Insane asylums in Bengal annual reports 1867-1875 - 1867-1875
Year: 1867
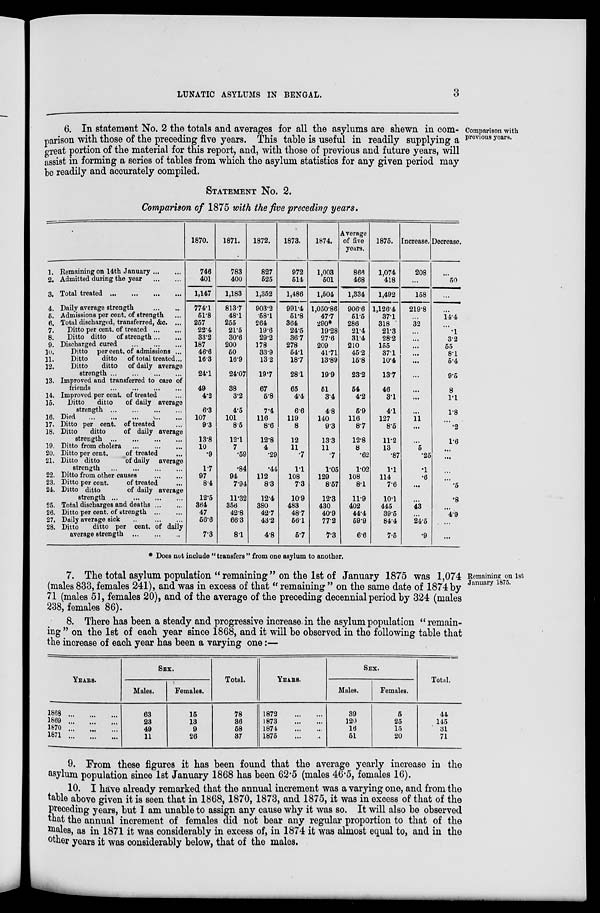
LUNATIC ASYLUMS IN BENGAL.
3
Comparison with
previous years.
6. In statement No. 2 the totals and averages for all the asylums are shewn in com-
parison with those of the preceding five years. This table is useful in readily supplying a
great portion of the material for this report, and, with those of previous and future years, will
assist in forming a series of tables from which the asylum statistics for any given period may
be readily and accurately compiled.
STATEMENT NO. 2.
Comparison of 1875 with the five preceding years.
1.
2.
3.
4.
5.
6.
7.
8.
9.
10.
11.
12.
13.
14.
15.
16.
17.
18.
19.
20.
21.
22.
23.
24.
25.
26.
27.
28.
Remaining on 14th January ... ...
Admitted during the year
...
...
Total treated
...
...
...
...
Daily average strength
...
...
Admissions per cent. of strength ...
Total discharged, transferred, &c. ...
Ditto per cent. of treated
...
...
Ditto ditto of strength ... ...
Discharged cured
...
...
...
Ditto per cent. of admissions ...
Ditto
ditto of total treated ...
Ditto
ditto of daily average
strength
...
...
...
...
Improved and transferred to care of
friends
...
...
...
...
Improved per cent. of treated ...
Ditto
ditto
of daily average
strength
...
...
...
...
Died ... ... ... ... ...
Ditto per cent. of treated ...
Ditto
ditto
of daily average
strength
...
...
...
...
Ditto from cholera
...
...
...
Ditto per cent.
of treated ...
Ditto ditto
"of daily average
strength
...
...
...
...
Ditto from other causes
...
...
Ditto per cent.
of treated ...
Ditto ditto
of daily average
strength
...
...
...
...
Total discharges and deaths ... ...
Ditto per cent. of strength
...
...
Daily average sick
...
...
Ditto
ditto per cent. of daily
average strength
...
...
...
1870.
746
401
1,147
774.1
51.8
257
22.4
33.2
187
46.6
16.3
24.1
49
4.2
6.3
107
9.3
13.8
10
.9
17
97
8.4
12.5
364
47
56.6
7.3
1871.
783
400
1,183
813.7
48.1
255
21.5
30.6
200
50
16.9
24.07
38
3.2
4.5
101
8.5
12.1
7
.59
.84
94
7.94
11.32
356
42.8
66.3
8.1
1872.
827
525
1,352
903.2
58.1
264
19.6
29.2
178
33.9
13.2
19.7
67
5.8
7.4
116
8.6
12.8
4
.29
.44
112
8.3
124
380
42.7
43.2
4.8
1873.
972
514
1,486
991.4
51.8
364
24.5
36.7
278
54.1
18.7
28.1
65
4.4
6.6
119
8
12
11
.7
1.1
108
7.3
10.9
483
48.7
56.1
5.7
1874.
1,003
501
1,504
1,050.86
47.7
290*
19.28
27.6
209
41.71
13.89
19.9
51
3.4
4.8
140
9.3
13.3
11
.7
1.05
129
8.57
12.3
430
40.9
77.2
7.3
Average
of five
years.
866
468
1,334
906.6
51.5
286
21.4
31.4
210
45.2
15.8
23.2
54
4.2
5.9
116
8.7
12.8
8
.62
1.02
108
8.1
11.9
402
44.4
59.9
6.6
1875.
1,074
418
1,492
1,126.4
37.1
318
21.3
28.2
155
37.1
10.4
13.7
46
3.1
4.1
127
8.5
11.2
13
.87
1.1
114
7.6
10.1
445
39.5
84.4
7.5
Increase.
208
...
158
219.8
...
32
...
...
...
...
...
...
...
...
...
11
...
...
5
.25
.1
.6
...
...
43
...
24.5
.9
Decrease.
...
50
...
...
14.4
...
.1
3.2
55
8.1
5.4
9.5
8
1.1
1.8
...
.2
1.6
...
...
...
.5
.8
...
4.9
...
...
* Does not include " transfers " from one asylum to another.
Remaining on 1st
January 1875.
7. The total asylum population "remaining" on the 1st of January 1875 was 1,074
(males 833, females 241), and was in excess of that " remaining " on the same date of 1874 by
71 (males 51, females 20), and of the average of the preceding decennial period by 324 (males
238, females 86).
8. There has been a steady and progressive increase in the asylum population " remain-
ing " on the 1st of each year since 1868, and it will be observed in the following table that
the increase of each year has been a varying one:—
YEARS.
1868 ... ... ...
1869 ... ... ...
1870 ... ... ...
1871 ... ... ...
SEX.
Males.
63
23
49
11
Females.
15
13
9
26
Total.
78
36
58
37
YEARS.
1872
...
...
1873
...
...
1874
...
...
1875
...
...
SEX.
Males.
39
120
16
51
Females.
5
25
15
20
Total.
44
145
31
71
9. From these figures it has been found that the average yearly increase in the
asylum population since 1st January 1868 has been 62.5 (males 46.5, females 16).
10. I have already remarked that the annual increment was a varying one, and from the
table above given it is seen that in 1868, 1870, 1873, and 1875, it was in excess of that of the
preceding years, but I am unable to assign any cause why it was so. It will also be observed
that the annual increment of females did not bear any regular proportion to that of the
males, as in 1871 it was considerably in excess of, in 1874 it was almost equal to, and in the
other years it was considerably below, that of the males.